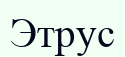
Этрус